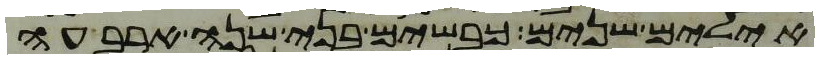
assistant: אילים שנים כבשים בני שנה ארבעה